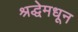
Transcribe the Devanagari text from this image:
श्रद्धेमधून